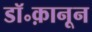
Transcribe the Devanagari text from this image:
डॉ॰क़ानून